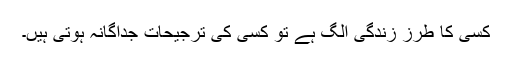
کسی کا طرز زندگی الگ ہے تو کسی کی ترجیحات جداگانہ ہوتی ہیں۔